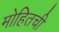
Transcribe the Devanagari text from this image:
मोहितची